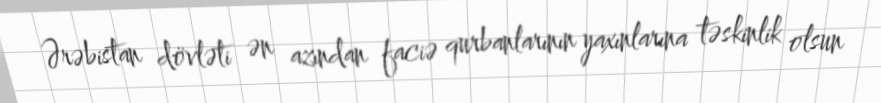
Ərəbistan dövləti ən azından faciə qurbanlarının yaxınlarına təskinlik olsun